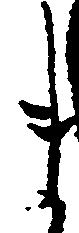
ま